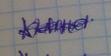
Signature authenticity: genuine